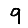
Digit: 9